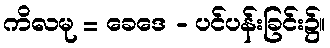
ကိလမု = ခေဒေ - ပင်ပန်းခြင်း၌။